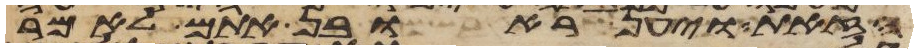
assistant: הזאת ויען ראובן אתם לאמר